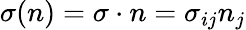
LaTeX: \begin{array}{r}{\sigma(n)=\sigma\cdot n=\sigma_{ij}n_{j}}\end{array}